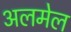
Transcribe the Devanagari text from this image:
अलमेल